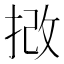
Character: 𢭮